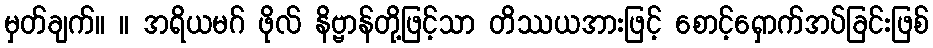
မှတ်ချက်။ ။ အရိယမဂ် ဖိုလ် နိဗ္ဗာန်တို့ဖြင့်သာ တိဿယအားဖြင့် စောင့်ရှောက်အပ်ခြင်းဖြစ်